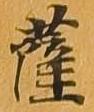
薩